system: You are a helpful assistant.
user:
Analyze the provided spectrum to determine if it is a **"Cataclysmic Variables (CV)"**.

- **Key Indicators for CV (Check for either state):**
    - **State 1: Quiescent / Low-State (Emission-Dominated)**
        - **(Primary):** Strong and *very broad* Hydrogen Balmer emission lines (e.g., $H\alpha$ at 6563 Å, $H\beta$ at 4861 Å). The 'broadness' (high velocity dispersion, often FWHM > 1000 km/s) is the key diagnostic, indicating a high-velocity accretion disk.
        - **(Secondary):** Broad neutral Helium (He I) emission lines (e.g., 5876 Å, 6678 Å).
        - **(Key Confirmation):** Presence of high-excitation *ionized* Helium (He II) emission at 4686 Å. This is a strong indicator of accretion onto a white dwarf.
        - **(Line Profile):** Emission lines may exhibit a 'double-peaked' profile, which is a classic signature of a rotating accretion disk viewed at high inclination.

    - **State 2: Outburst / High-State (Absorption-Dominated)**
        - **(Primary):** Spectrum is dominated by a bright, blue continuum (looks like a hot star).
        - **(Secondary):** The emission lines from State 1 are weak, absent, or 'filled in', and are replaced by broad, shallow *absorption* lines (primarily Balmer and He I).
        - **(Morphology):** The overall spectrum mimics a hot B/A-type star. The crucial difference is that the absorption lines are significantly broader, shallower, and more 'washed-out' (or 'smeared') than the sharp lines of a normal stellar photosphere, due to high rotational speeds and pressure broadening in the disk.

Think first, call **spectral_visualization_tool** if needed to examine features in detail, then provide your final answer. Your response must adhere to the following strict rules:
1.  **Overall Structure:** Your response must follow the format `<think>...</think> <tool_call>...</tool_call> (if a tool is used) <answer>...</answer>`.
2.  **Tool Usage Constraint:** You may only make **one** tool call per turn.
3.  **Final Answer Format:** In the `<answer>` tag, your conclusion must be inside a `\boxed{}` command (e.g., `\boxed{YES}`), followed by your justification.

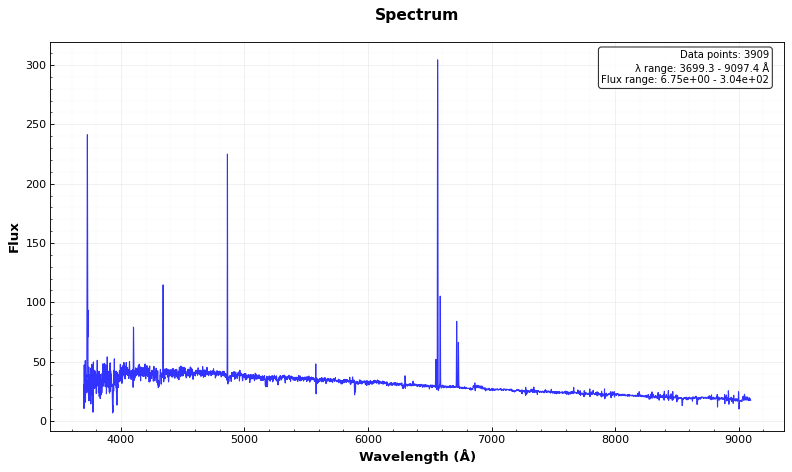
Answer: NO